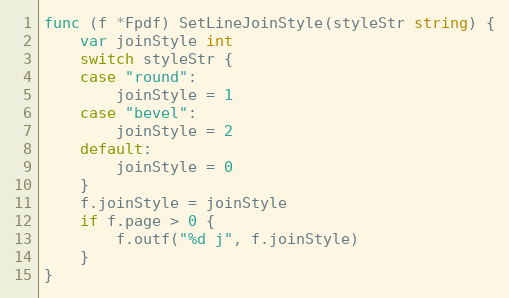
Language: Go
func (f *Fpdf) SetLineJoinStyle(styleStr string) {
	var joinStyle int
	switch styleStr {
	case "round":
		joinStyle = 1
	case "bevel":
		joinStyle = 2
	default:
		joinStyle = 0
	}
	f.joinStyle = joinStyle
	if f.page > 0 {
		f.outf("%d j", f.joinStyle)
	}
}